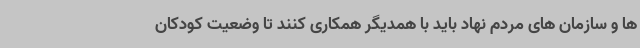
ها و سازمان های مردم نهاد باید با همدیگر همکاری کنند تا وضعیت کودکان